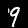
Label: 9